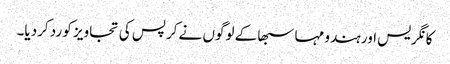
کانگریس اور ہندو مہا سبھا کے لوگوں نے کرپس کی تجاویز کو رد کردیا۔